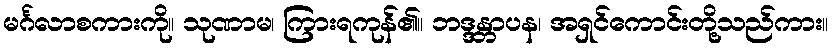
မင်္ဂလာစကားကို။ သုဏာမ၊ ကြားရကုန်၏။ ဘဒ္ဒန္တာပန၊ အရှင်ကောင်းတို့သည်ကား။